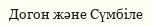
Догон және Сүмбіле